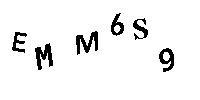
EMM6S9